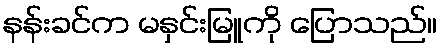
နန်းခင်က မနှင်းမြူကို ပြောသည်။